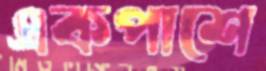
একপাশে